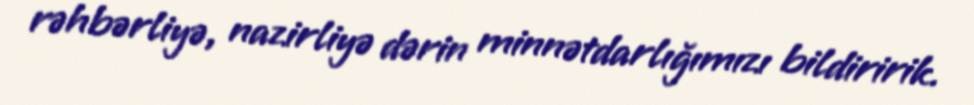
rəhbərliyə, nazirliyə dərin minnətdarlığımızı bildiririk.